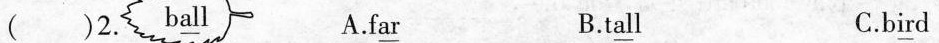
( )2. b\underline{al}l A.f\underline{ar} B.t\underline{al}l C.b\underline{ir}d